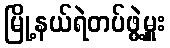
မြို့နယ်ရဲတပ်ဖွဲ့မှူး